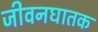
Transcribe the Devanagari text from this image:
जीवनघातक